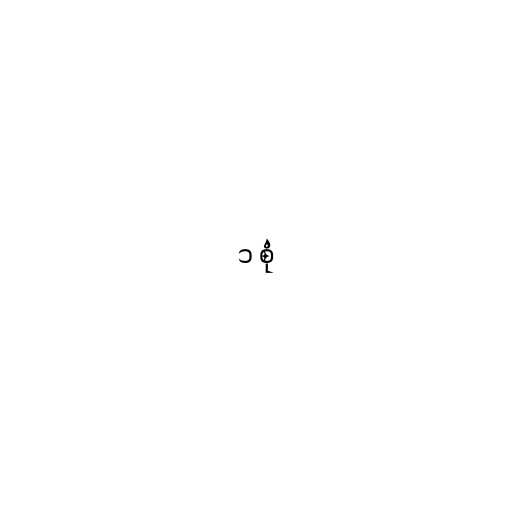
၁ စုံ